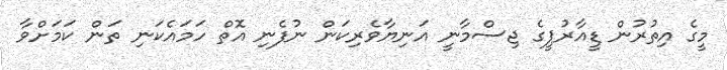
މީގެ އިތުރުން ޑީއާރުޕީގެ ޖިސްމާނީ އަނިޔާވެރިކަން ނުފެނި އޮތް ހަމައެކަނި ތަން ކަމަށްވާ